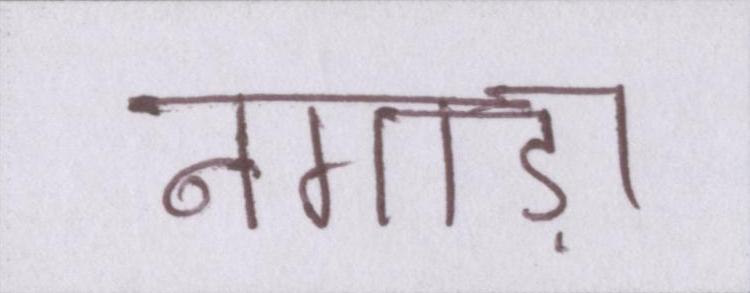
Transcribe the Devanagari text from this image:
नगाड़ा